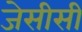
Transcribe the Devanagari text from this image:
जेसीसी